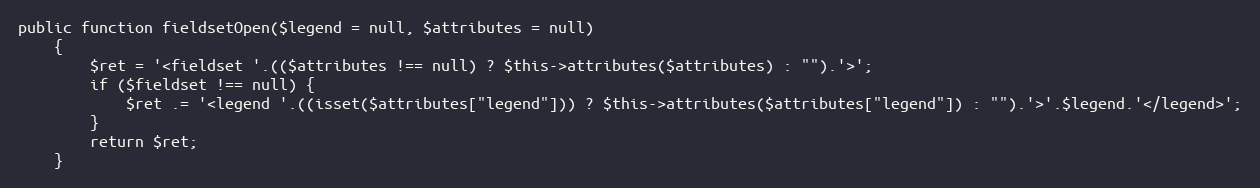
Language: PHP
public function fieldsetOpen($legend = null, $attributes = null)
    {
        $ret = '<fieldset '.(($attributes !== null) ? $this->attributes($attributes) : "").'>';
        if ($fieldset !== null) {
            $ret .= '<legend '.((isset($attributes["legend"])) ? $this->attributes($attributes["legend"]) : "").'>'.$legend.'</legend>';
        }
        return $ret;
    }